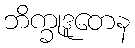
ဘိက္ခုဒူတေန